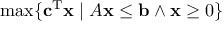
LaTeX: \operatorname* { m a x } \{ \mathbf { c } ^ { \mathrm { T } } \mathbf { x } \; | \; A \mathbf { x } \leq \mathbf { b } \land \mathbf { x } \geq 0 \}